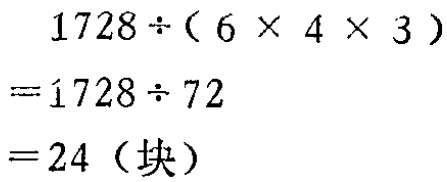
\[

\begin{align*}

1728\div(6\times4\times3)&=1728\div72\\

& = 24(\text{块})

\end{align*}

\]